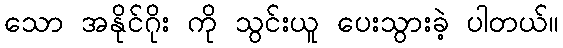
သော အနိုင်ဂိုး ကို သွင်းယူ ပေးသွားခဲ့ ပါတယ်။